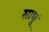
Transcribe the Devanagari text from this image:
साधूं